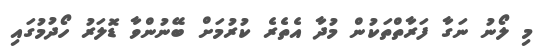
މި ލޯނު ނަގާ ފަރާތްތަކުން މުދާ އެތެރެ ކުރުމަށް ބޭނުންވާ ޑޮލަރު ހޯދުމުގައި